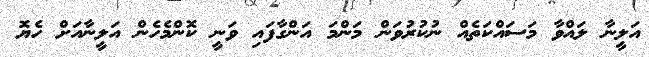
އަލީނާ ލައްވާ މަސައްކަތެއް ނުކުރުވަން މަންމަ އަންގާފައި ވަނީ ކޮންމެހެން އަލީނާއަށް ހެޔޮ